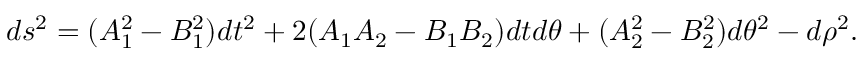
d s ^ { 2 } = ( A _ { 1 } ^ { 2 } - B _ { 1 } ^ { 2 } ) d t ^ { 2 } + 2 ( A _ { 1 } A _ { 2 } - B _ { 1 } B _ { 2 } ) d t d \theta + ( A _ { 2 } ^ { 2 } - B _ { 2 } ^ { 2 } ) d \theta ^ { 2 } - d \rho ^ { 2 } .